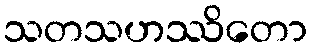
သတသဟဿိတော